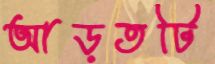
আড়তটি